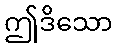
ဤဒိသော